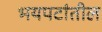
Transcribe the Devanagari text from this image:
भयपटांतील